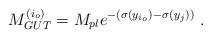
LaTeX: \begin{align*}M_{GUT}^{(i_o)} = M_{pl} e^{- (\sigma(y_{i_o}) - \sigma(y_j))} ~.~ \,\end{align*}